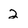
Character: 2